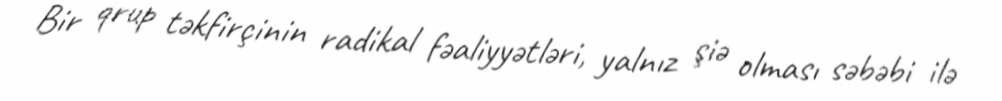
Bir qrup təkfirçinin radikal fəaliyyətləri, yalnız şiə olması səbəbi ilə